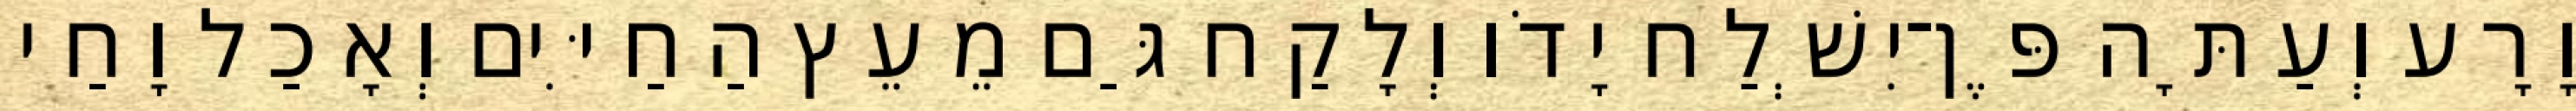
וָרָע וְעַתָּה פֶּן־יִשְׁלַח יָדֹו וְלָקַח גַּם מֵעֵץ הַחַיִּים וְאָכַל וָחַי